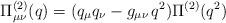
\begin{align*}\Pi^{(2)}_{\mu\nu} (q) = (q_\mu q_\nu - g_{\mu\nu}\, q^2 ) \Pi^{(2)} (q^2)\end{align*}